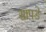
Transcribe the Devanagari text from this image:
सापडे